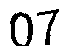
07